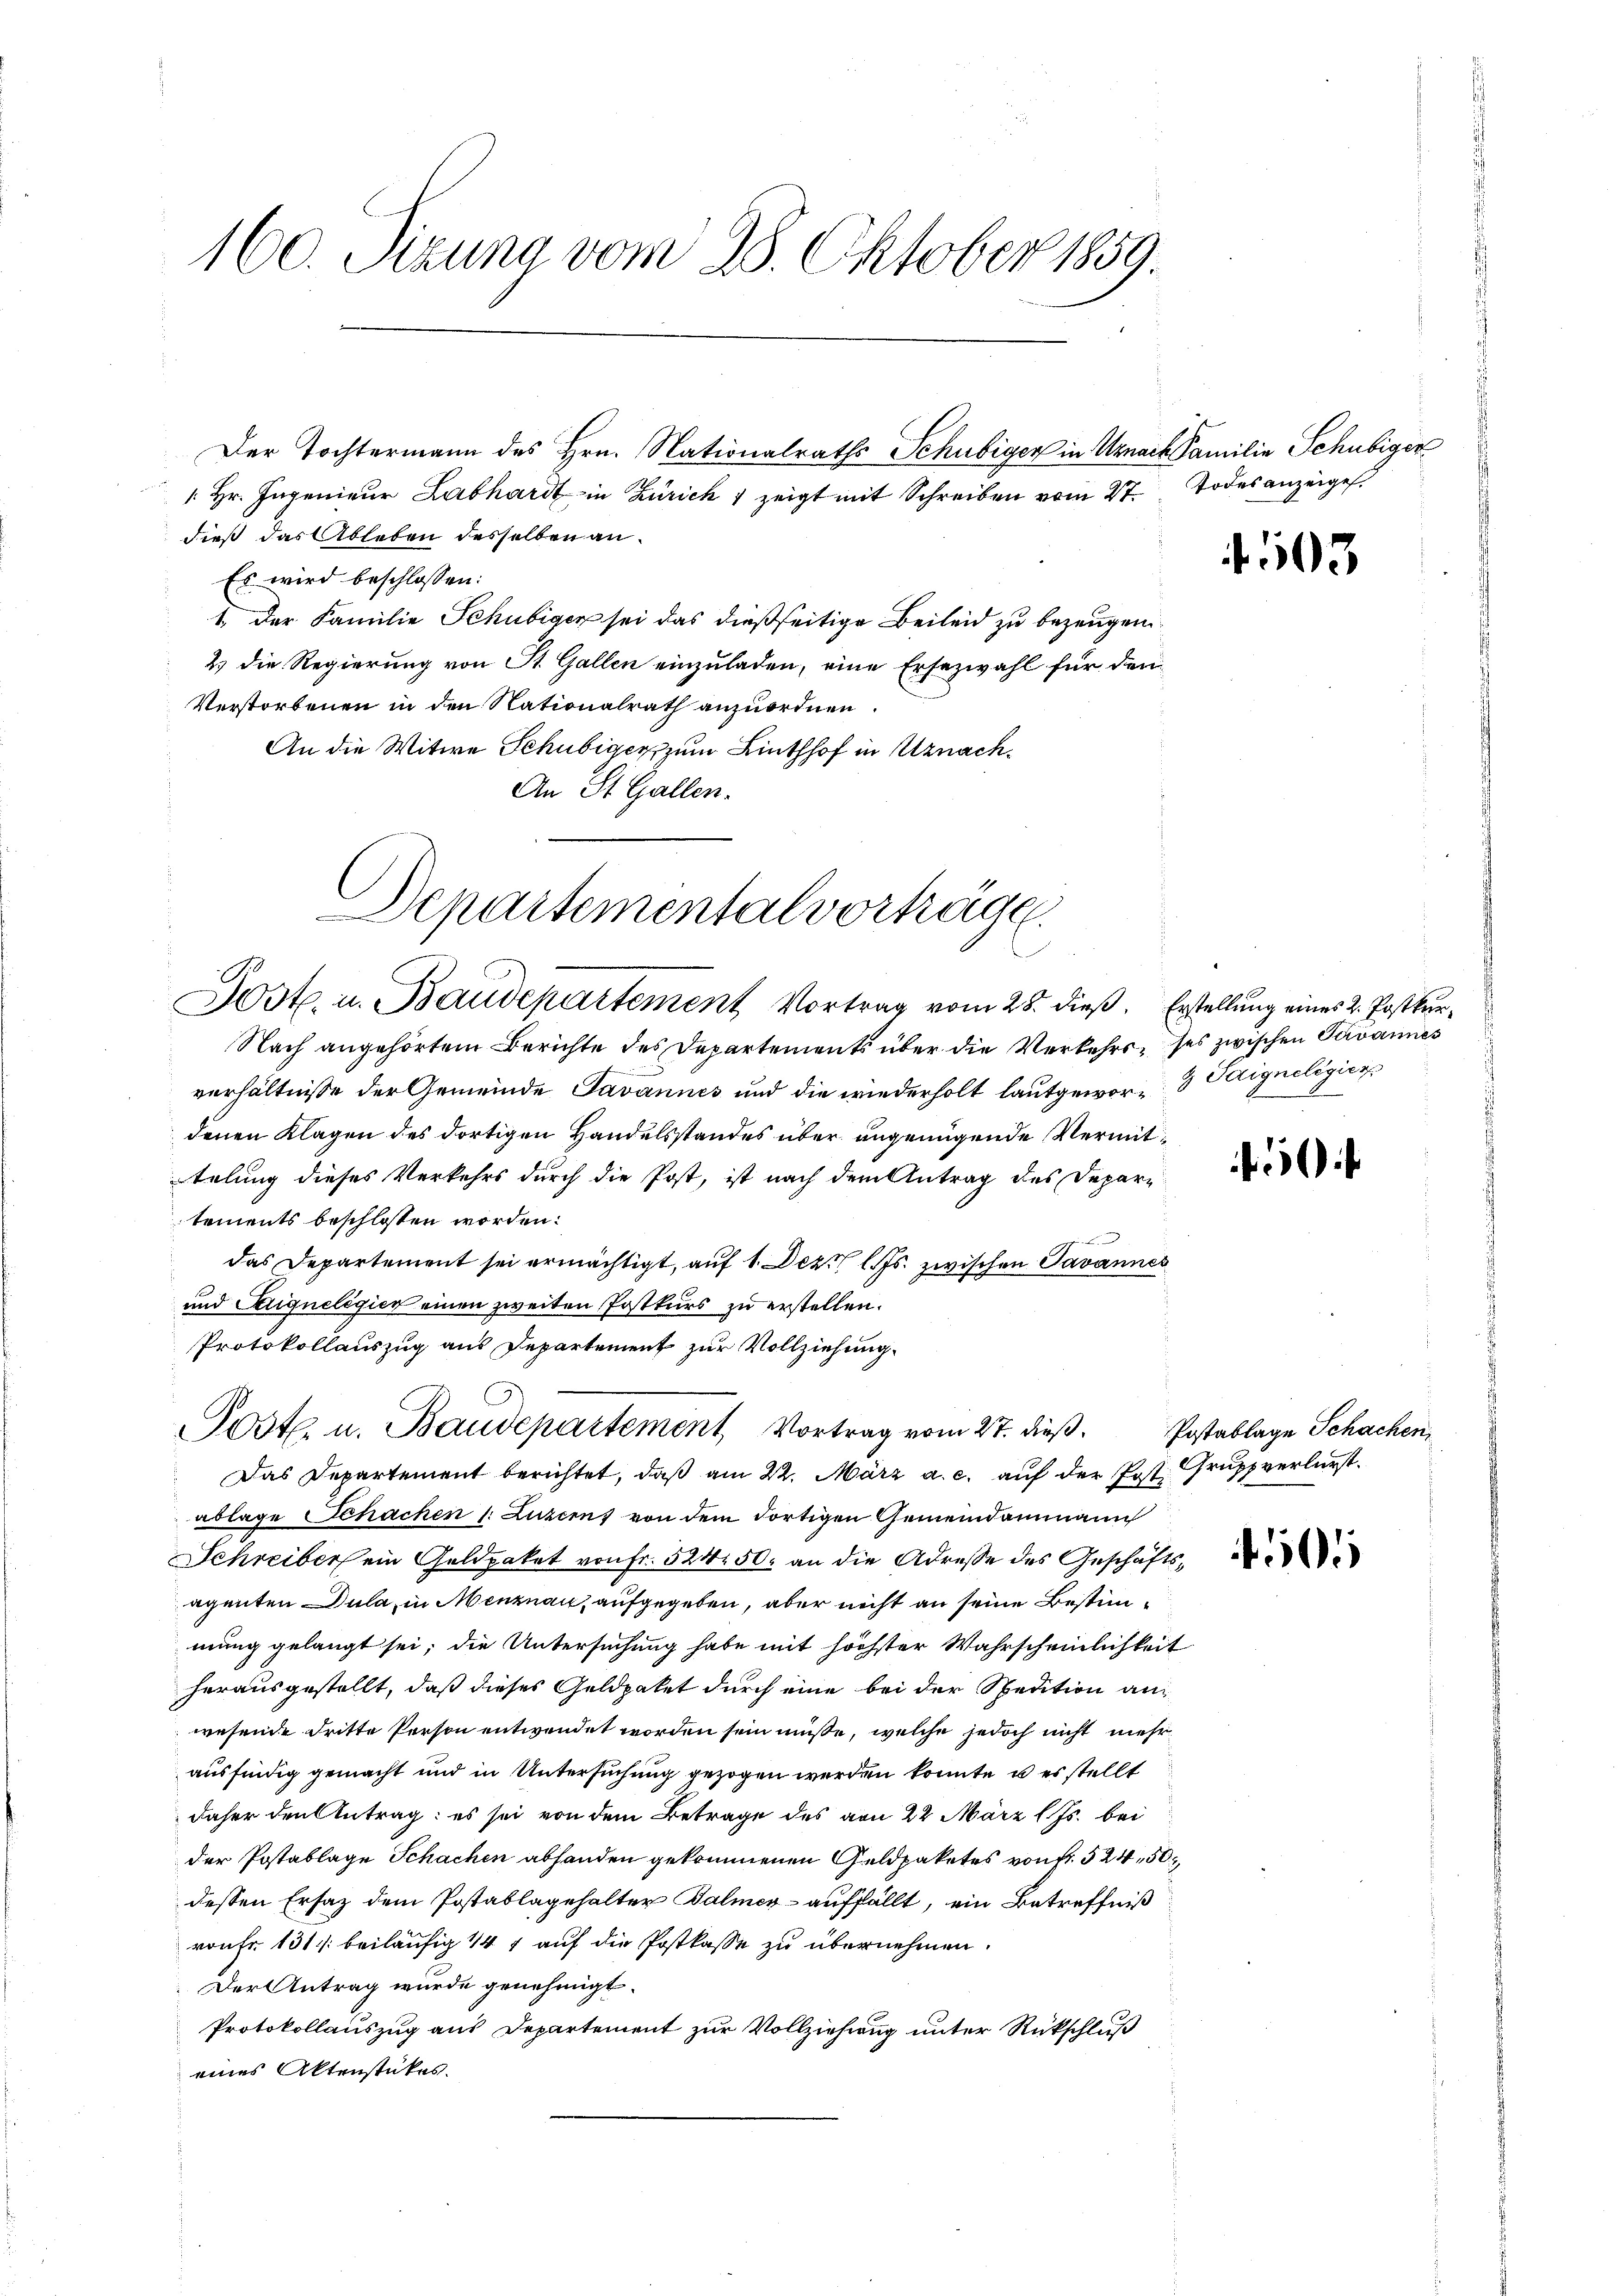
160. Pizuna vom 28. Oktober 1859.

1. Hr. Ingenieur Labhardt in Zürich & zeigt mit Schreiben vom 27. Todesanzeigel.
dieß das Ableben desselben an¬
Es wird beschlossen:
1. Der Familie Schubiger sei das dießseitige Beileid zu bezeugen
2) die Regierung von St. Gallen einzuladen, eine Ersezwahl für den
Verstorbenen in den Nationalrath anzuordnen.
An die Witwe Schubiger, zum Linthhof in Uznach¬
An St. Gallen.
Nach angehörtem Berichte des Departements über die Verkehrs, ses zwischen Tavannes
verhältnisse der Gemeinde Javannes und die wiederholt lautgewor- Odigneligier
denen Klagen des dortigen Handelsstandes über angenügende Vermittelung dieses Verkehrs durch die Post, ist nach dem Antrag des Departements beschlossen worden.
e
das Departement sei ermächtigt, auf 1. Dez. l. Js. zwischen Javannes
und Saigneligier einen zweiten Postkurs zu erstellen.
Protokollauszug aus Departement zur Vollziehung.
Post u. Baudepartement, Vortrag vom 27. dieß.
Das Departement berichtet, daß am 22. März a. c. auf der Post Grupp verlurst
ablage Schachen (: Luzern, von dem dortigen Gemeindammann
Schreiber ein Geldpaket von Fr. 524 50. an die Adresse des Geschäftsagenten Dula, in Menznau, aufgegeben, aber nicht an seine Bestimmung gelangt sei; die Untersuchung habe mit höchster Wahrscheinlichkeit
herausgestellt, daß dieses Geldpaket durch eine bei der Spedition anwesende dritte Person entwendet worden sein müße, welche jedoch nicht mehr
ausfindig gemacht und in Untersuchung gezogen werden könnte, u es stellt
daher den Antrag: es sei von dem Betrage des von 22. März l. Js. bei
der Postablage Schachen abhanden gekommenen Geldpaketes von fr. 524, 50
dessen Ersatz dem Postablagehalter Balmer auffällt, ein Betreffniß
vonFr. 131 /: beiläufig 147 auf die Postkasse zu übernehmen.
Der Antrag wurde genehmigt.
Protokollauszug aus Departement zur Vollziehung unter Rückschluß
eines Aktenstükes.

Der Tochtermann des Hrn. Nationalraths Schubiger in Urnach Familie Schubiger

Departemental vortrage
Jost. u. Baudepartement Vortrag vom 28. dieß. Erstellung eines 2. Postkur¬

4503

50

Postablage Schachen,